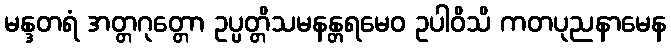
မန္ဒတရံ အတ္တဂုတ္တော ဥပ္ပတ္တိသမနန္တရမေဝ ဥပါဝိသိ ကတပုညနာမေန